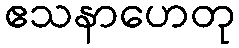
ဧသနာဟေတု